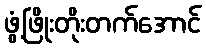
ဖွံ့ဖြိုးတိုးတက်အောင်